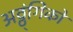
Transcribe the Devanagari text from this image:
अठ्ठ्ंगिको